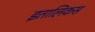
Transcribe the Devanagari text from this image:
इतालिकस